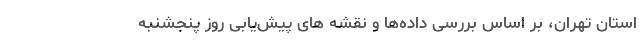
استان تهران، بر اساس بررسی داده‌ها و نقشه های پیش‌یابی روز پنجشنبه